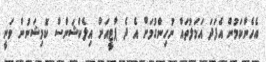
އެހެންކަމުން އެފަދަ އަމަލުތައް ނުހިންގުމަށް އެ ދެ ޕާޓީއަށް އިލެކްޝަންސް ކޮމިޝަނުން ވަނީ